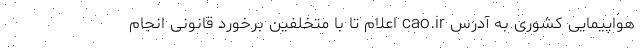
هواپیمایی کشوری به آدرس cao.ir اعلام تا با متخلفین برخورد قانونی انجام